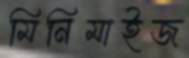
মিনিমাইজ